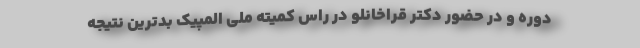
دوره و در حضور دکتر قراخانلو در راس کمیته ملی المپیک بدترین نتیجه